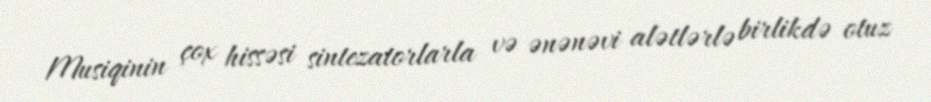
Musiqinin çox hissəsi sintezatorlarla və ənənəvi alətlərlə birlikdə otuz